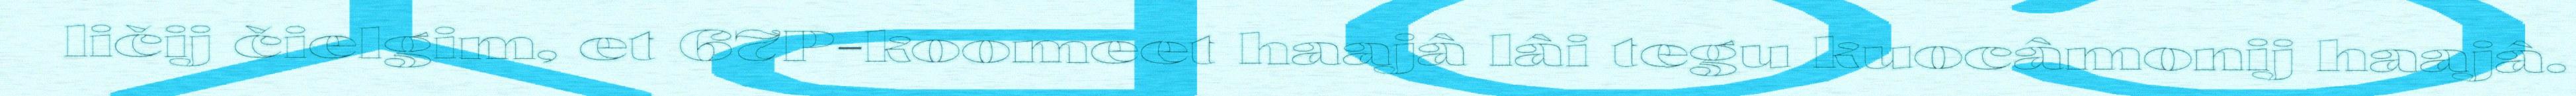
ličij čielgim, et 67P-koomeet haajâ lâi tegu kuocâmonij haajâ.